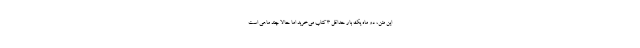
این متن، دو ماه یک بار حداقل 3 کتاب می‌خرید اما حالا چند ماهی است